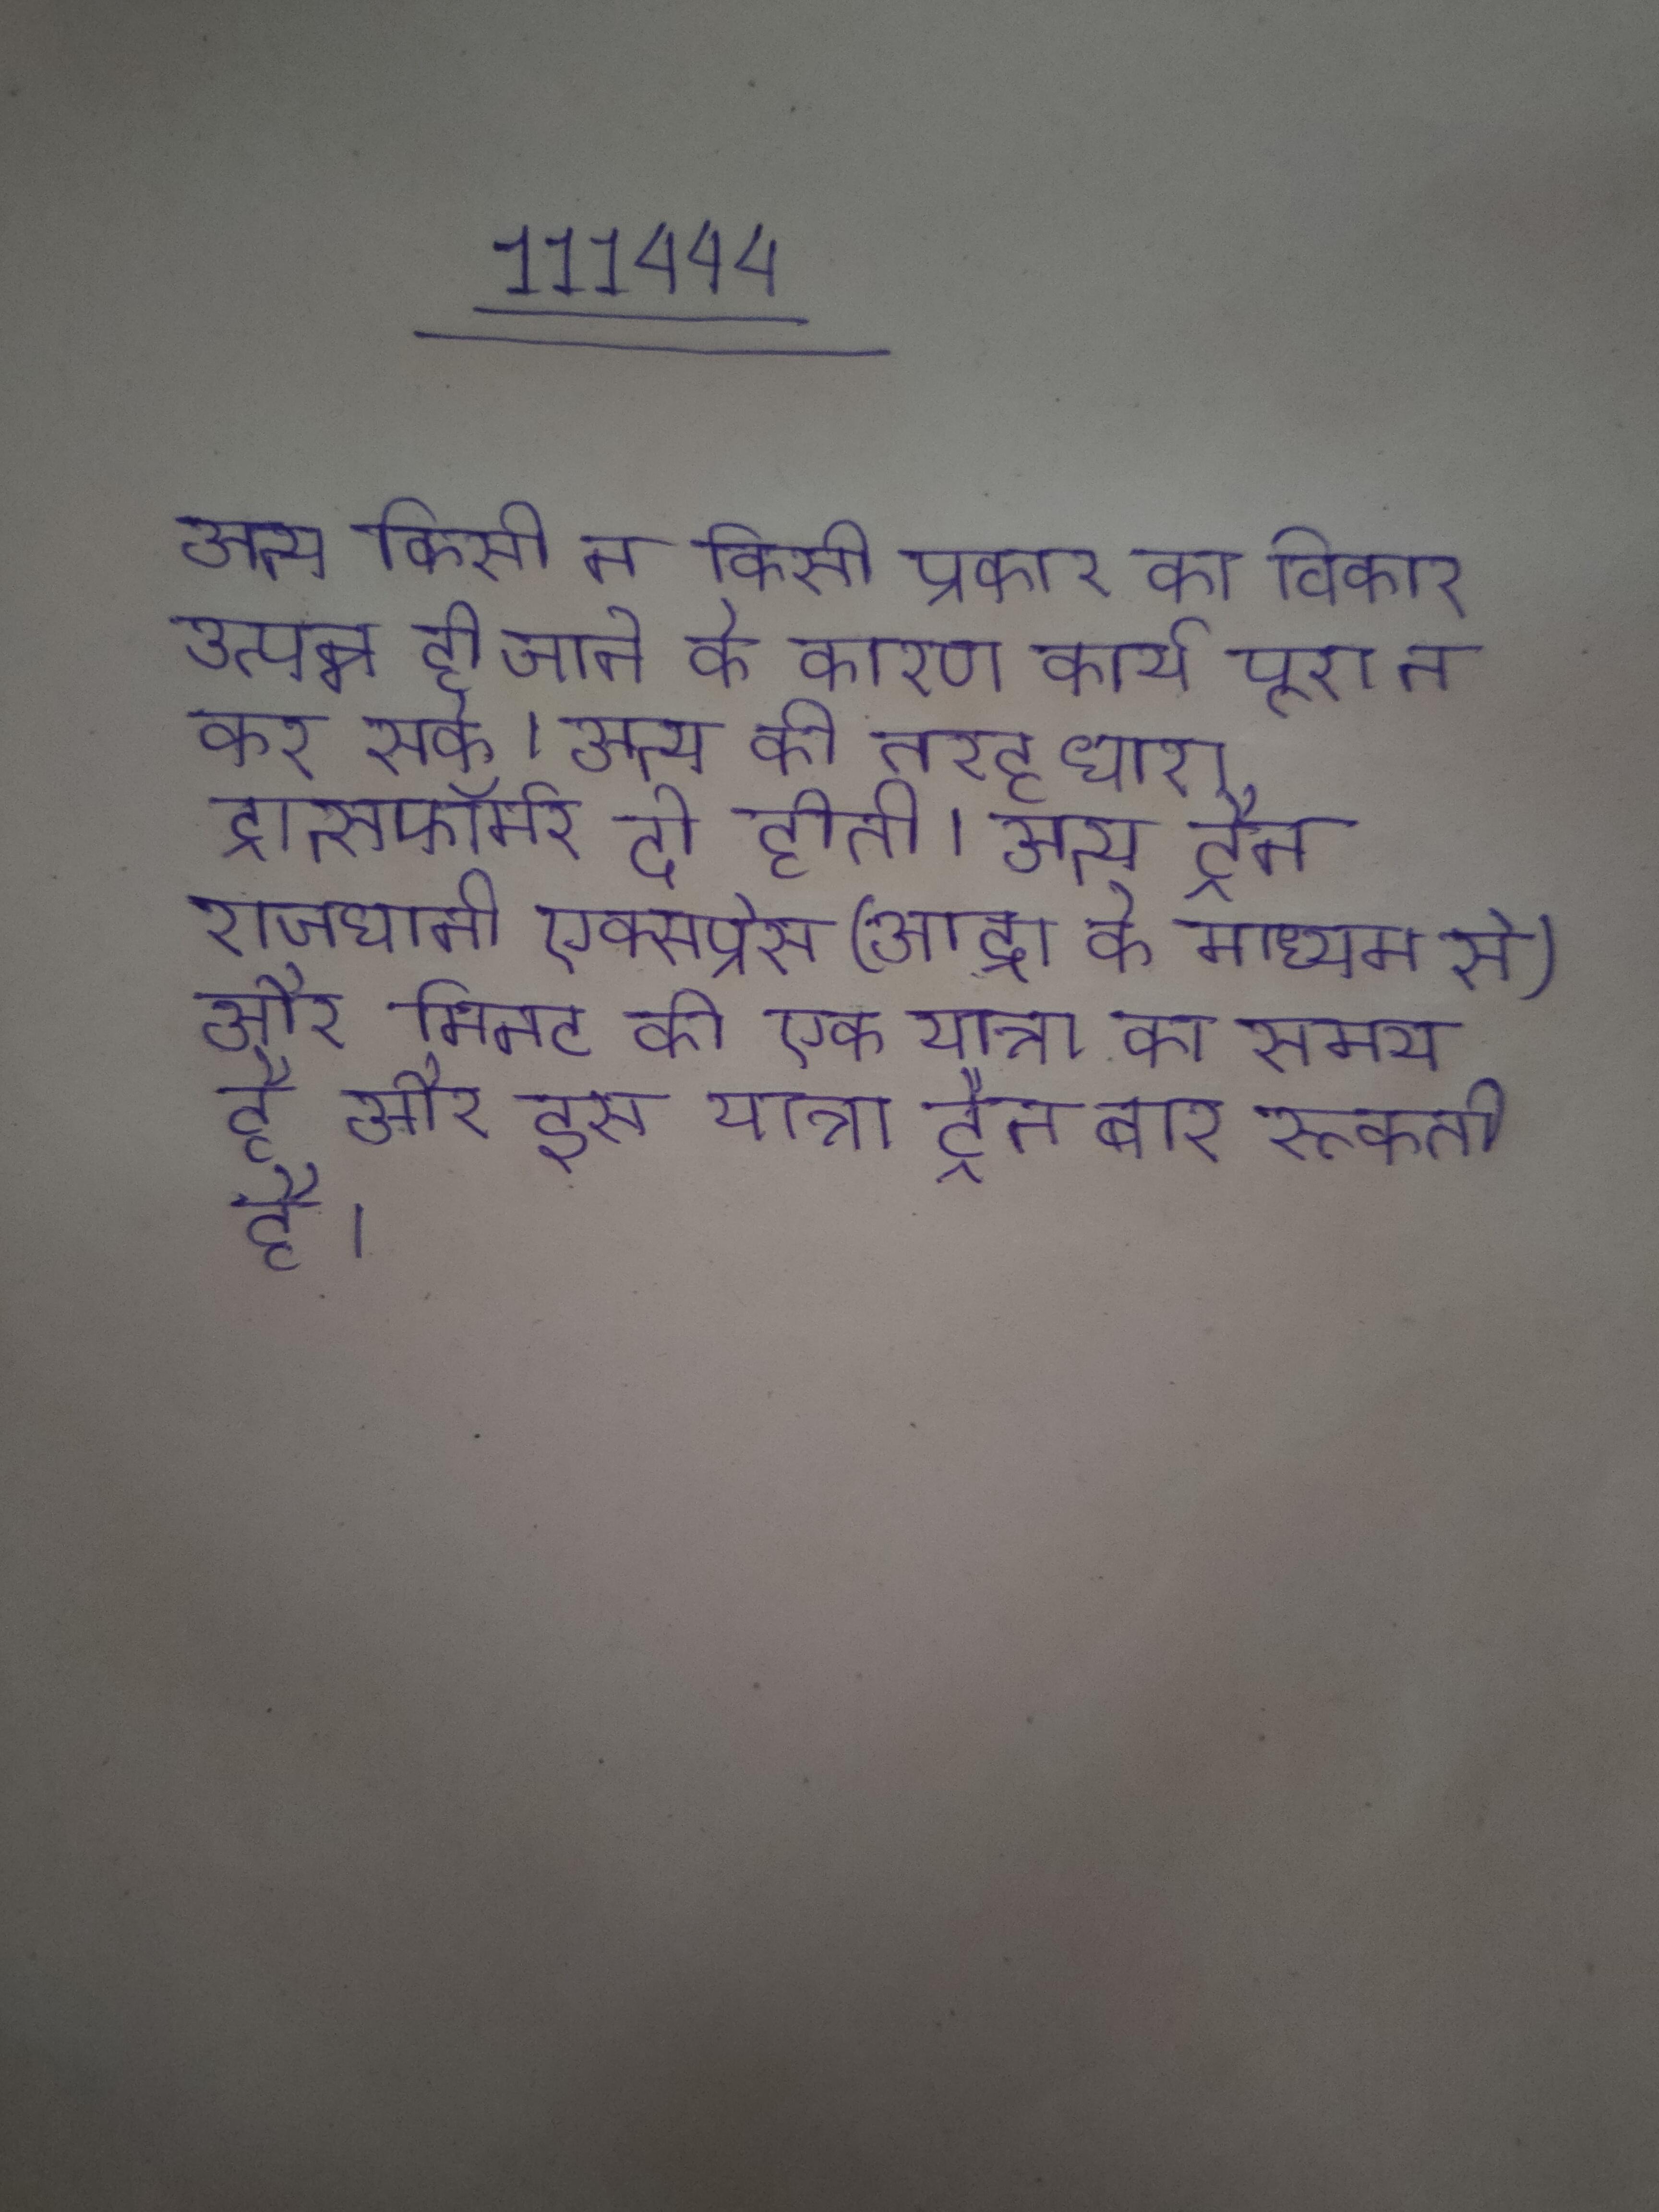
अन्य किसी न किसी प्रकार का विकार उत्पन्न हो जाने के कारण कार्य पूरा न कर सके । अन्य की तरह धारा ट्रान्सफॉर्मर दो होती । अन्य ट्रैन राजधानी एक्सप्रेस (आद्रा के माध्यम से) और मिनट की एक यात्रा का समय है और इस यात्रा ट्रैन बार रूकती है ।